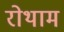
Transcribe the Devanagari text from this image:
रोथाम